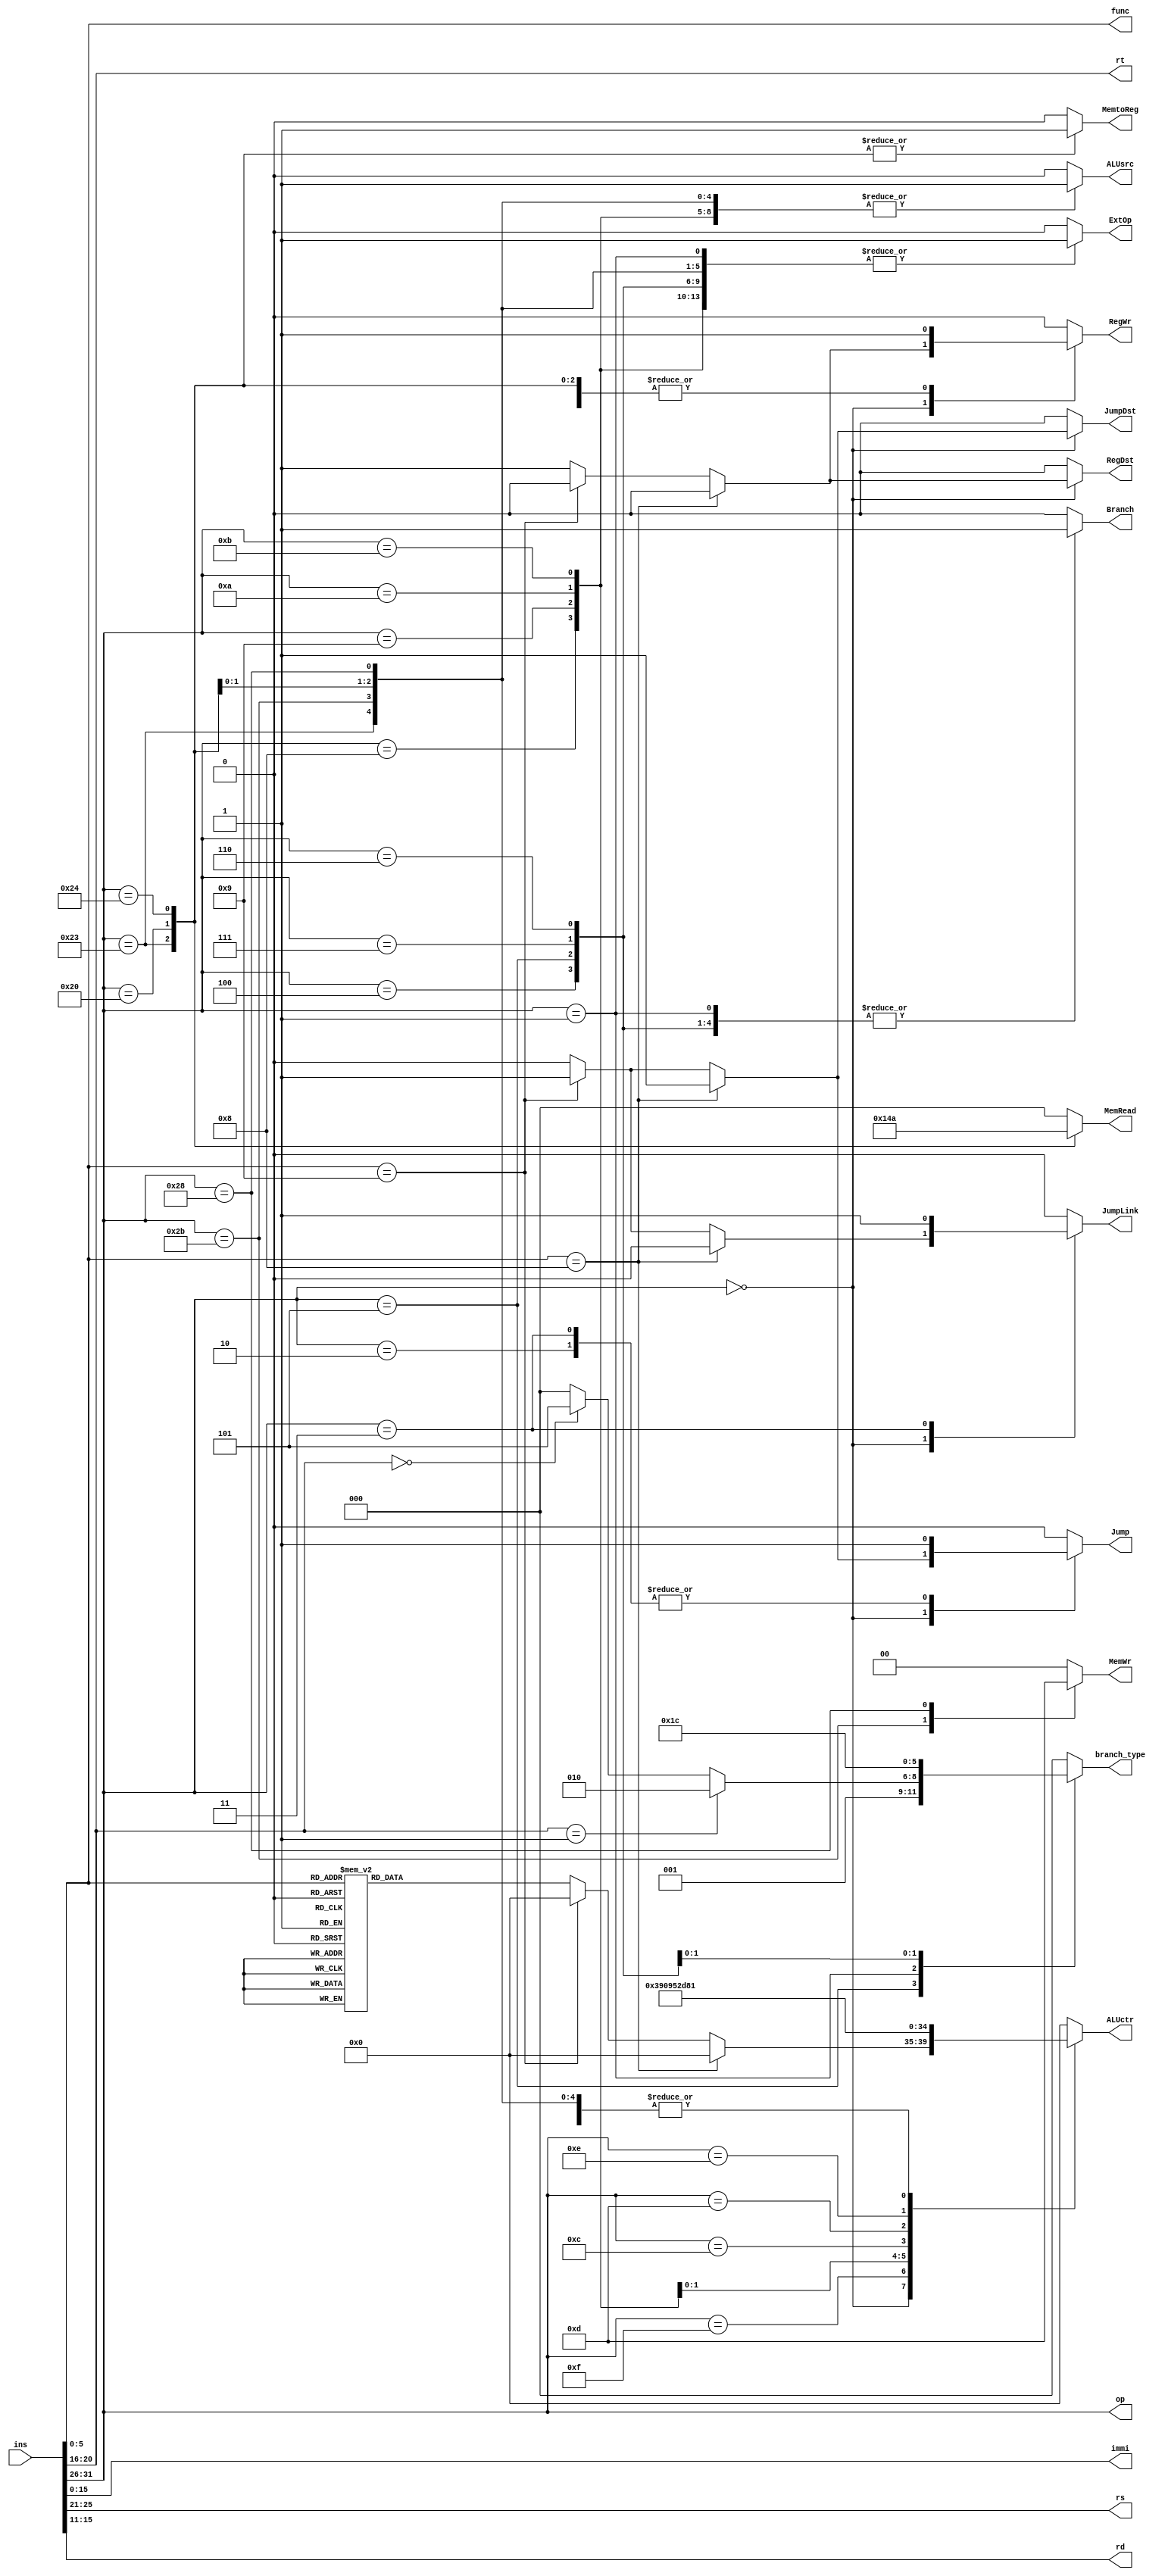
module Control(ins, immi, op, func, ALUctr, rs, rt, rd, Branch, branch_type, Jump, RegDst, ALUsrc, MemtoReg, RegWr, MemWr, ExtOp, MemRead, JumpLink, JumpDst);

	input     [31:0] ins;
  
    output [5:0] op, func;
	output [15:0] immi;
	output [4:0] rs, rt, rd;

    assign op   = ins[31:26];
	assign func = ins[5:0];
	assign immi = ins[15:0];
	assign rs   = ins[25:21];
	assign rt   = ins[20:16];
	assign rd   = ins[15:11];
	
	
	output reg [4:0] ALUctr;
	output reg [2:0] branch_type;
	output reg [2:0] MemRead;
	output reg [1:0] MemWr;
	output reg 		 Branch;
	output reg 		 Jump;
	output reg    RegDst;
	output reg		  ALUsrc;//WrEn
	output reg 		 MemtoReg;
	output reg  	 RegWr;
	output reg 		 ExtOp;
	output reg 		 JumpLink;
	output reg 		 JumpDst;

	//*********op*********// ?R??
	parameter R     = 6'b000000, ADDI  = 6'b001000, ADDIU    = 6'b001001, LUI    = 6'b001111, SLTI = 6'b001010, 
			  SLTIU = 6'b001011, ANDI  = 6'b001100, ORI      = 6'b001101, XORI   = 6'b001110, BEQ  = 6'b000100, 
			  BNE   = 6'b000101, BGEZ  = 6'b000001, BGTZ     = 6'b000111, BLEZ   = 6'b000110, BLTZ = 6'b000001, //BLTZ==BGEZ
			  LW    = 6'b100011, SW    = 6'b101011, LB       = 6'b100000, LBU    = 6'b100100, SB   = 6'b101000, 
			  J     = 6'b000010, JAL   = 6'b000011, CP0_OP   = 6'b010000;/*{CP0_OP???SYSCALL}*/
	

	//********func********// op = 6'b000000, R??
    parameter ADD  = 6'b100000, ADDU = 6'b100001, SUB  = 6'b100010, SUBU = 6'b100011, SLT  = 6'b101010, 
      		  SLTU = 6'b101011, AND  = 6'b100100, NOR  = 6'b100111, DIVU = 6'b011010, DIV  = 6'b011011,
              OR   = 6'b100101, XOR  = 6'b100110, SLLV = 6'b000100, SRAV = 6'b000111, SRLV = 6'b000110, 
              SLL  = 6'b000000, SRL  = 6'b000010, SRA  = 6'b000011, JR   = 6'b001000, JALR = 6'b001001, 
              MUL  = 6'b011000, MULU = 6'b011001;

    //********Mul_func******// 
	parameter MFLO = 6'b010010, MFHI = 6'b010000,
			  MTLO = 6'b010011, MTHI = 6'b010001;

	//********CP0_func{?SYSCALL}******// op = 6'b000000
	parameter SYSCALL = 6'b001100;

    //*******ALUctr******//
    parameter Add  = 5'b00000, Addu = 5'b00001, Sub  = 5'b00010, Subu = 5'b00011, Mul  = 5'b00100, 
    		  Mulu = 5'b00101, Div  = 5'b00110, Divu = 5'b00111, Slt  = 5'b01000, Sltu = 5'b01001, 
    		  And  = 5'b01010, Or   = 5'b01011, Xor  = 5'b01100, Nor  = 5'b01101, Lui  = 5'b01110, 
    		  Sll  = 5'b01111, Srl  = 5'b10000, Sra  = 5'b10001, Nop  = 5'b00000;

    //*******branch type*******//
    parameter beq = 3'b000, bne = 3'b001, bgez = 3'b010, bgtz = 3'b011, blez = 3'b100, bltz = 3'b101;

    //*******MemRead*******//
    parameter lb = 3'b001, lbu = 3'b010, lh = 3'b011, lhu = 3'b100, lw = 3'b101;

    //*******MemWr*******//
    parameter noWr = 2'b00, sb = 2'b01, sh = 2'b10, sw = 2'b11;


    //*******Initial*****//
    initial begin
    	ALUctr		= 5'd0;
    	branch_type = 3'b0;
    	MemRead     = 3'b0;
    	MemWr       = 2'b0;
    	JumpLink	= 0;
    	JumpDst     = 0;
     	Branch		= 0;
    	Jump		= 0;
    	RegDst		= 0;
    	ALUsrc		= 0;
    	MemtoReg	= 0;
    	RegWr 	 	= 0;
    	ExtOp		= 0;
    end


    //******Always*******//
	always @(*)begin

		//???
		ALUctr      = 5'b0;
		branch_type = 3'b0;
		MemRead 	= 3'b0;
		MemWr 		= 2'b0;
		JumpDst 	= 0;
		JumpLink 	= 0;


		case (op)
			R:begin
				//JR
				if (func == JR) begin 
					Branch   = 0;
					Jump     = 1;
					RegDst   = 0;
					ALUsrc   = 0;
						
					MemtoReg = 0;
					RegWr    = 0;
					ExtOp    = 0;

					JumpDst  = 1;
				end 
				//JALR
				else if(func == JALR)
				begin
					Branch   = 0;
					Jump     = 1;
					RegDst   = 0;
					ALUsrc   = 0;
						
					MemtoReg = 0;
					RegWr    = 0;
					ExtOp    = 0;

					JumpDst  = 1;
					JumpLink = 1;
				end

				//----{mul}begin
				/*else if (func == MULT || func == MFLO || func == MFHI || func == MTLO || func == MTHI) begin
					Branch = 3'b000;
					Jump   = 2'b0;
					if (func == MFLO || func == MFHI) RegDst = 1; else RegDst = 0;
					ALUsrc = 0;
						
					MemtoReg = 0;
					if (func == MFLO || func == MFHI) RegWr  = 1; else RegWr  = 0;
					MemWr    = 2'b0;
					ExtOp    = 0;
					MemRead  = 2'b00;			
					ALUshf   = 0;
					ALUctr   = 3'b000;	
				end 
				//----{mul}end
				//----{cp0_SYSCALL}begin
				else if (func == SYSCALL) begin
					Branch = 3'b000;
					Jump   = 2'b0;
					RegDst = 0;
					ALUsrc = 0;
						
					MemtoReg = 0;
					RegWr    = 0;
					MemWr    = 2'b0;
					ExtOp    = 0;
					MemRead  = 2'b00;
					ALUshf   = 0;
					ALUctr   = 3'b000;
				end*/
				//----{cp0_SYSCALL}end

				//R else
				else begin
					Branch = 0;
					Jump   = 0;
					RegDst = 1;
					ALUsrc = 0;
						
					MemtoReg = 0;
					RegWr    = 1;
					ExtOp    = 0;
					
					case (func)
						ADD : ALUctr = Add;
						ADDU: ALUctr = Addu;
						SUB : ALUctr = Sub;
						SUBU: ALUctr = Subu;
						MUL : ALUctr = Mul;
						MULU: ALUctr = Mulu;
						DIV : ALUctr = Div;
						DIVU: ALUctr = Divu;
						SLT : ALUctr = Slt;
						SLTU: ALUctr = Sltu;
						AND : ALUctr = And;
						NOR : ALUctr = Nor;
						OR  : ALUctr = Or;
						XOR : ALUctr = Xor;
						SLL : ALUctr = Sll;
						SLLV: ALUctr = Sll;
						SRA : ALUctr = Sra;
						SRAV: ALUctr = Sra;
						SRL : ALUctr = Srl;
						SRLV: ALUctr = Srl;
						default: ALUctr = Nop;
					endcase 
				end
				//----{R_else}end
			end//end R

			//?R
			ADDI:begin
				Branch   = 0;
				Jump     = 0;
				RegDst   = 0;
				ALUsrc   = 1;
					
				MemtoReg = 0;
				RegWr    = 1;
				ExtOp    = 1;

				ALUctr   = Addu;
			end
			ADDIU:begin
				Branch   = 0;
				Jump     = 0;
				RegDst   = 0;
				ALUsrc   = 1;
					
				MemtoReg = 0;
				RegWr    = 1;
				ExtOp    = 1;

				ALUctr   = Addu;
			end
			LUI:begin
				Branch   = 0;
				Jump     = 0;
				RegDst   = 0;
				ALUsrc   = 1;
					
				MemtoReg = 0;
				RegWr    = 1;
				ExtOp    = 0;

				ALUctr   = Lui;
			end 
			SLTI:begin
				Branch   = 0;
				Jump     = 0;
				RegDst   = 0;
				ALUsrc   = 1;
					
				MemtoReg = 0;
				RegWr    = 1;
				ExtOp    = 1;

				ALUctr   = Slt;
			end
			SLTIU:begin
				Branch   = 0;
				Jump     = 0;
				RegDst   = 0;
				ALUsrc   = 1;
					
				MemtoReg = 0;
				RegWr    = 1;
				ExtOp    = 1;

				ALUctr   = Sltu;
			end
			ANDI:begin
				Branch   = 0;
				Jump     = 0;
				RegDst   = 0;
				ALUsrc   = 1;
					
				MemtoReg = 0;
				RegWr    = 1;
				ExtOp    = 0;

				ALUctr   = And;
			end
			ORI:begin
				Branch   = 0;
				Jump     = 0;
				RegDst   = 0;
				ALUsrc   = 1;
					
				MemtoReg = 0;
				RegWr    = 1;
				ExtOp    = 0;

				ALUctr   = Or;
			end
			XORI:begin
				Branch   = 0;
				Jump     = 0;
				RegDst   = 0;
				ALUsrc   = 1;
					
				MemtoReg = 0;
				RegWr    = 1;
				ExtOp    = 0;

				ALUctr   = Xor;
			end
			BEQ:begin
				branch_type = beq;
				Branch   = 1;
				Jump     = 0;
				RegDst   = 0;
				ALUsrc   = 0;
					
				MemtoReg = 0;
				RegWr    = 0;
				ExtOp    = 1;
			end
			BNE:begin
				branch_type = bne;
				Branch   = 1;
				Jump     = 0;
				RegDst   = 0;
				ALUsrc   = 0;
					
				MemtoReg = 0;
				RegWr    = 0;
				ExtOp    = 1;
			end
			BGEZ:begin//BLTZ==BGEZ???????????
				if (rt == 5'b00001)      branch_type = bgez; 
				else if (rt == 5'b00000) branch_type = bltz;  
				Branch   = 1;
				Jump     = 0;
				RegDst   = 0;
				ALUsrc   = 0;
					
				MemtoReg = 0;
				RegWr    = 0;
				ExtOp    = 1;		
			end
			BGTZ:begin
				branch_type = bgtz;
				Branch   = 1;
				Jump     = 0;
				RegDst   = 0;
				ALUsrc   = 0;
					
				MemtoReg = 0;
				RegWr    = 0;
				ExtOp    = 1;
			end
			BLEZ:begin
				branch_type = blez;
				Branch   = 1;
				Jump     = 0;
				RegDst   = 0;
				ALUsrc   = 0;
					
				MemtoReg = 0;
				RegWr    = 0;
				ExtOp    = 1;
			end
			LW:begin
				Branch   = 0;
				Jump     = 0;
				RegDst   = 0;
				ALUsrc   = 1;
					
				MemtoReg = 1;
				RegWr    = 1;
				ExtOp    = 1;

				MemRead  = lw;
				ALUctr   = Addu;
			end
			SW:begin
				Branch   = 0;
				Jump     = 0;
				RegDst   = 0;
				ALUsrc   = 1;
					
				MemtoReg = 0;
				RegWr    = 0;
				ExtOp    = 1;

				MemWr    = sw;
				ALUctr   = Addu;
			end
			LB:begin
				Branch   = 0;
				Jump     = 0;
				RegDst   = 0;
				ALUsrc   = 1;
					
				MemtoReg = 1;
				RegWr    = 1;
				ExtOp    = 1;

				MemRead  = lb;
				ALUctr   = Addu;
			end
			LBU:begin
				Branch   = 0;
				Jump     = 0;
				RegDst   = 0;
				ALUsrc   = 1;
					
				MemtoReg = 1;
				RegWr    = 1;
				ExtOp    = 1;

				MemRead  = lbu;
				ALUctr   = Addu;
			end
			SB:begin
				Branch   = 0;
				Jump     = 0;
				RegDst   = 0;
				ALUsrc   = 1;
					
				MemtoReg = 0;
				RegWr    = 0;
				ExtOp    = 1;

				MemWr    = sb;
				ALUctr   = Addu;
			end
			J:begin
				Branch   = 0;
				Jump     = 1;
				RegDst   = 0;
				ALUsrc   = 0;
					
				MemtoReg = 0;
				RegWr    = 0;
				ExtOp    = 0;

				JumpDst  = 0;
				JumpLink = 0;
			end
			JAL:begin
				Branch   = 0;
				Jump     = 1;
				RegDst   = 0;
				ALUsrc   = 0;
					
				MemtoReg = 0;
				RegWr    = 0;
				ExtOp    = 0;

				JumpLink = 1;
			end
			/*CP0_OP:begin
				Branch   = 3'b000;
				Jump     = 2'b00;
				RegDst   = 0;//rt
				ALUsrc   = 0;
					
				MemtoReg = 0;
				if (cp0Op == 3'b001) RegWr = 1; else RegWr = 0;
				MemWr    = 2'b00;
				ExtOp    = 0;
				MemRead  = 2'b00;
				ALUshf   = 0;

				ALUctr   = Nop;				
			end*/
			default:begin
				Branch   = 0;
				Jump     = 0;
				RegDst   = 0;
				ALUsrc   = 0;
					
				MemtoReg = 0;
				RegWr    = 0;
				ExtOp    = 0;

				ALUctr   = Nop;				
			end
		endcase
	end
endmodule